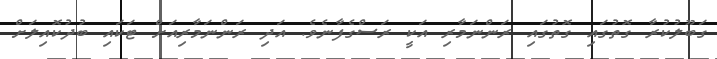
ގަބޫލުކުރާ ގޮތުގައި ގޮތުގައި ރަންނަމާރި އަކީ ރަސްގެފާނެވެ. އަދި ރަންނަމާރިއަށް ޓަކައި ބުދުކޮއިލަށް